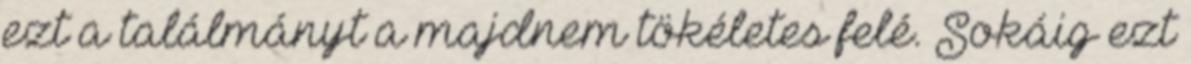
ezt a találmányt a majdnem tökéletes felé. Sokáig ezt